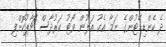
ދެ ކެންޑިޑޭޓުންގެ ނަމާ އެކު އަލުން ވޯޓު ކަރުދާސް ޗާޕުކޮށްފި